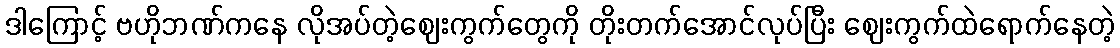
ဒါကြောင့် ဗဟိုဘဏ်ကနေ လိုအပ်တဲ့ဈေးကွက်တွေကို တိုးတက်အောင်လုပ်ပြီး ဈေးကွက်ထဲရောက်နေတဲ့